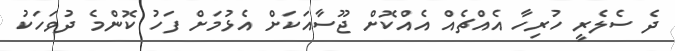
ދެ ސެލެރީ ހުރިހާ އެއްޗެއް އެއްކޮށް ޖޫސާއަކަށް އެޅުމަށް ފަހު ކޮންމެ ދުވަހަކު